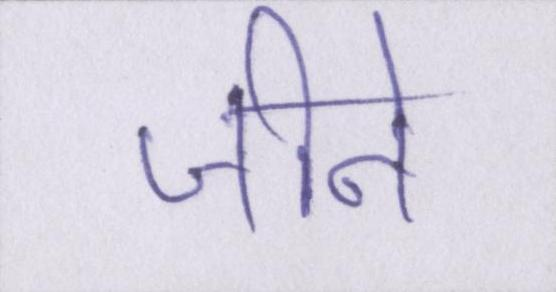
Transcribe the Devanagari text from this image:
जीने